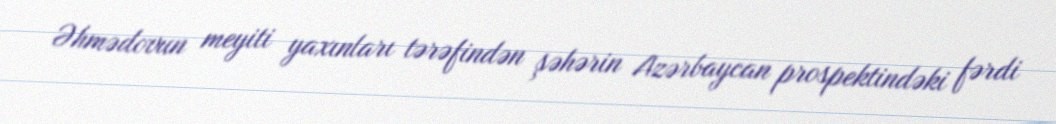
Əhmədovun meyiti yaxınları tərəfindən şəhərin Azərbaycan prospektindəki fərdi